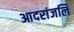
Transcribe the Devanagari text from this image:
आदरांजलि